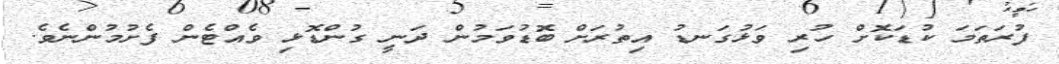
ފުރަތަމަ ކުޑަކޮށް ހުރި ވަޅުގަނޑު އިތުރަށް ބޮޑުވަމުން ދަނީ ގުންޑޮޅި ވެއްޓެން ފެށުމުންނެވެ.